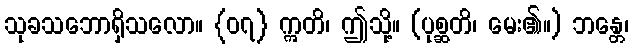
သုခသဘောရှိသလော။ {၀၇} ဣတိ၊ ဤသို့။ (ပုစ္ဆတိ၊ မေး၏။) ဘန္တေ၊